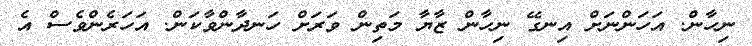
ނިހާން. އަހަންނަށް އިނގޭ ނިހާން ޒާޔާ މަތިން ވަރަށް ހަނދާންވާކަން. އަހަރެންވެސް އެ